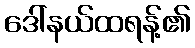
ဒေါ်နယ်ထရန့်၏